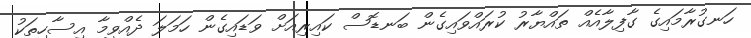
ހަނގުރާމައިގެ ގާފިލާއެއް ތައްޔާރު ކުރައްވައިގެން ބަނޑޮސް ކައިރިއަށް ވަޑައިގެން ހަމަލަ ދެއްވީމާ އިސާހިތަކު